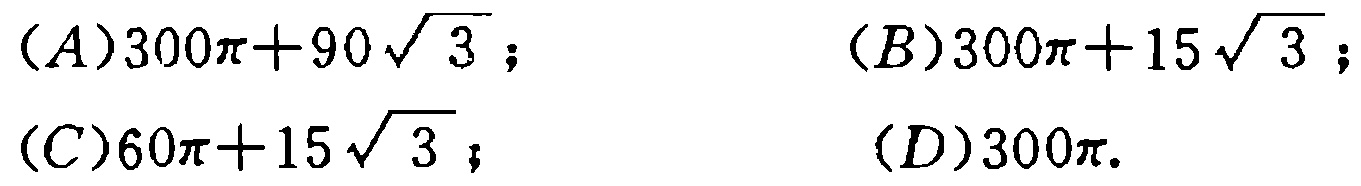
\((A)300\pi + 90\sqrt{3};\quad (B)300\pi + 15\sqrt{3};\)

\((C)60\pi + 15\sqrt{3};\quad (D)300\pi.\)